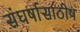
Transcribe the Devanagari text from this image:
संघर्षासाठीष